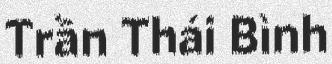
Trần Thái Bình